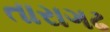
તારાગઢ